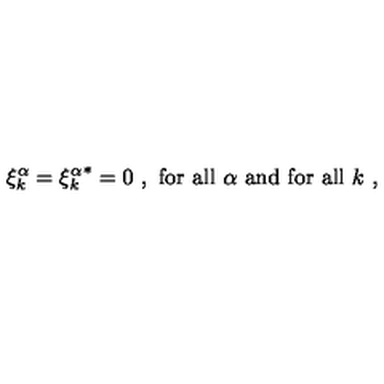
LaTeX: \xi _ { k } ^ { \alpha } = { \xi _ { k } ^ { \alpha } } ^ { * } = 0 \ , \mathrm { \ f o r \ a l l } \ \alpha \ \mathrm { a n d \ f o r \ a l l } \ k \ ,